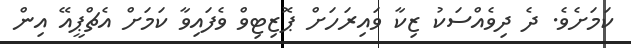
ކަމަށެވެ. ދެ ދިވެއްސަކު ޒިކާ ވައިރަހަށް ޕޮޒިޓިވް ވެފައިވާ ކަމަށް އެޗްޕީއޭ އިން